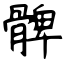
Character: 髀